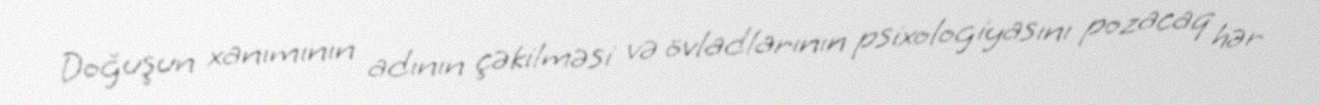
Doğuşun xanımının adının çəkilməsi və övladlarının psixologiyasını pozacaq hər